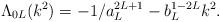
LaTeX: \begin{align*}\Lambda_{0L}(k^2) =-1/a_L^{2L+1}- b_L^{1-2L} k^2.\end{align*}